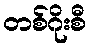
တစ်ဂိုးစီ